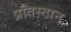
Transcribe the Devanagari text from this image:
प्रतिस्ठान